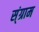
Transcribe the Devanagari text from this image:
स्ंग्राम